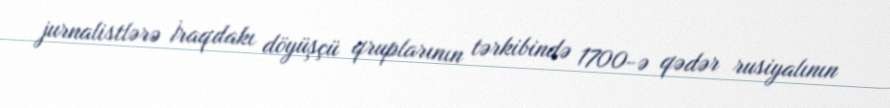
jurnalistlərə İraqdakı döyüşçü qruplarının tərkibində 1700-ə qədər rusiyalının